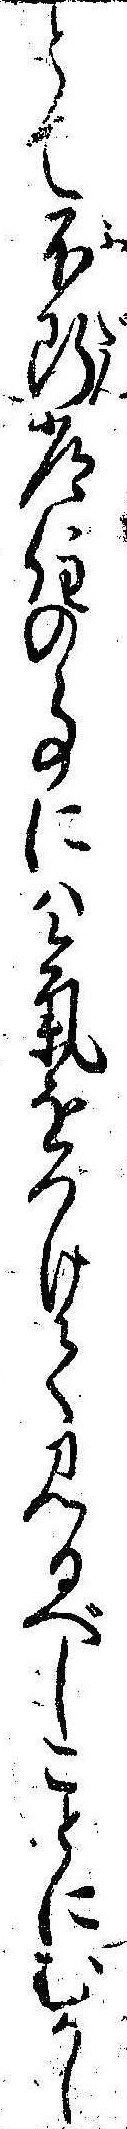
とて不断常住の事には気をつけて見るべしことにむかし